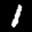
Label: 1